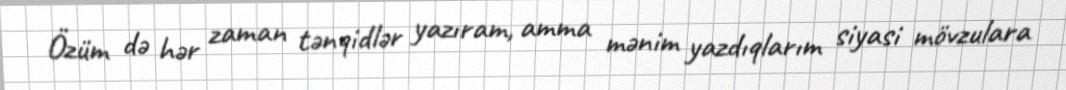
Özüm də hər zaman tənqidlər yazıram, amma mənim yazdıqlarım siyasi mövzulara